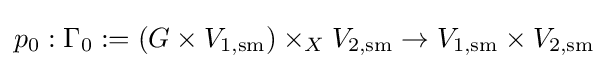
p_{0}:\Gamma _{0}:=(G\times V_{1,{\text{sm}}})\times _{X}V_{2,{\text{sm}}}\to V_{1,{\text{sm}}}\times V_{2,{\text{sm}}}